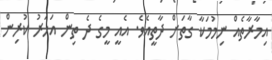
އިމާރާތެއް ނިމުމަކާ ގާތަށް ދާތީއެވެ. އެއީ މީގެ ދެ ތިން އަހަރު ކުރިން